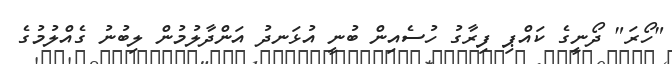
"ހޯރަ" ދޯނީގެ ކައްޕި ފިރާގު ހުސެއިން ބުނީ އުޅަނދު އަންދާލުމުން ލިބުނު ގެއްލުމުގެ